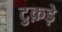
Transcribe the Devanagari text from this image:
टुक़ड़े